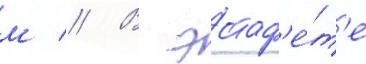
м // В эстаф'е́т'е